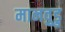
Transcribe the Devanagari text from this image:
मानवुडु